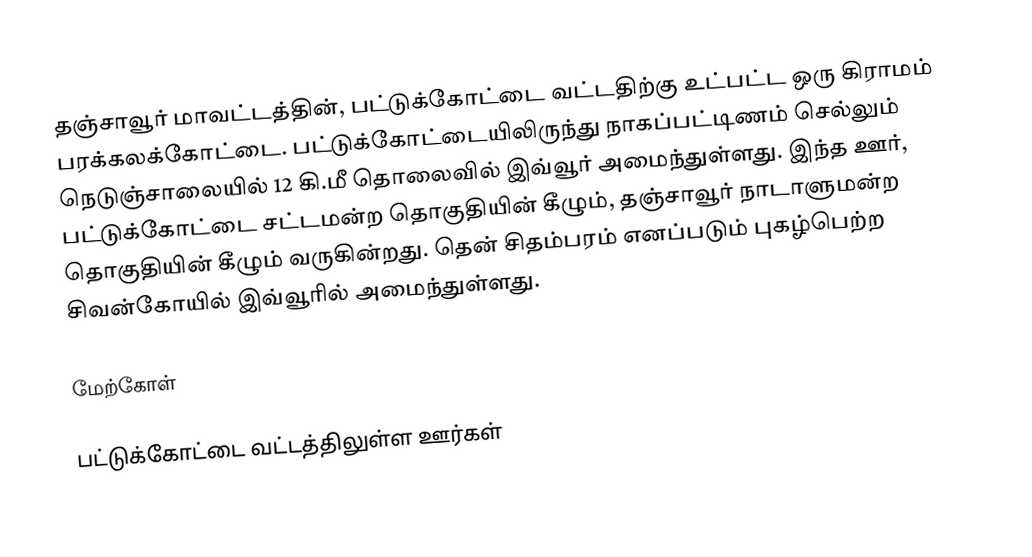
தஞ்சாவூர் மாவட்டத்தின், பட்டுக்கோட்டை வட்டதிற்கு உட்பட்ட ஒரு கிராமம் பரக்கலக்கோட்டை. பட்டுக்கோட்டையிலிருந்து நாகப்பட்டிணம் செல்லும் நெடுஞ்சாலையில் 12 கி.மீ தொலைவில் இவ்வூர் அமைந்துள்ளது. இந்த ஊர், பட்டுக்கோட்டை சட்டமன்ற தொகுதியின் கீழும், தஞ்சாவூர் நாடாளுமன்ற தொகுதியின் கீழும் வருகின்றது. தென் சிதம்பரம் எனப்படும் புகழ்பெற்ற சிவன்கோயில் இவ்வூரில் அமைந்துள்ளது.

மேற்கோள்

பட்டுக்கோட்டை வட்டத்திலுள்ள ஊர்கள்